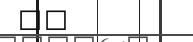
١٥